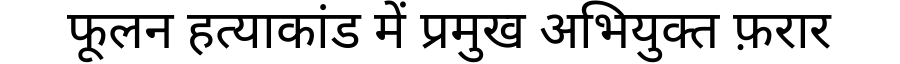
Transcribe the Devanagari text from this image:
फूलन हत्याकांड में प्रमुख अभियुक्त फ़रार